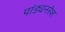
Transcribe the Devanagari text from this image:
पांड्यनरेश